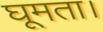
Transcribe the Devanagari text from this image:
घूमता।